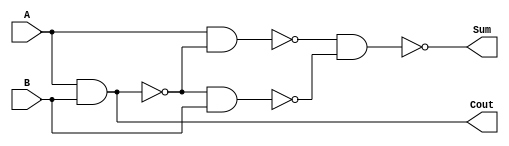
module HalfAdd ( Cout , Sum , A, B ) ;
   input A, B ;
   output Cout , Sum ;
   wire   t1, t2, t3;
   nand nand1(t1, A, B);
   nand nand2(t2, A, t1);
   nand nand3(t3, t1, B);
   nand nand4(Sum, t2, t3);
   nand nand5(Cout, t1, t1);
endmodule